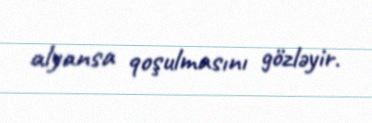
alyansa qoşulmasını gözləyir.